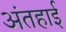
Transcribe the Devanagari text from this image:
अंतहाई